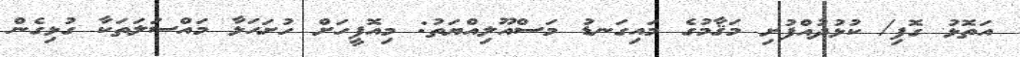
އަތޮޅު ގޮފި/ ކުޅުދުއްފުށި މަޤާމުގެ މައިގަނޑު މަސްއޫލިއްޔަތު: މިއޮފީހަށް ހުށަހަޅާ މައްސަލަތަކާ ގުޅިގެން